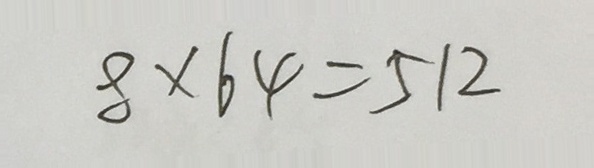
8 \times 6 4 = 5 1 2